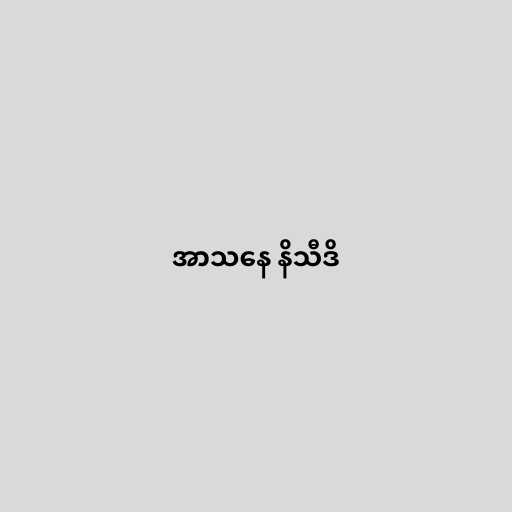
အာသနေ နိသီဒိ